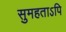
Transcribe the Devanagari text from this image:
सुमहताऽपि